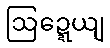
ဩဍ္ဍေယျ